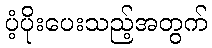
ပံ့ပိုးပေးသည့်အတွက်